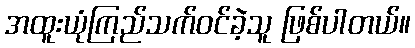
အထူးယုံကြည်သက်ဝင်ခဲ့သူ ဖြစ်ပါတယ်။